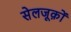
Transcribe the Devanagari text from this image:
सेलजूक़ों